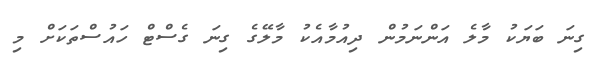
ގިނަ ބަޔަކު މާލެ އަންނަމުން ދިއުމާއެކު މާލޭގެ ގިނަ ގެސްޓް ހައުސްތަކަށް މި